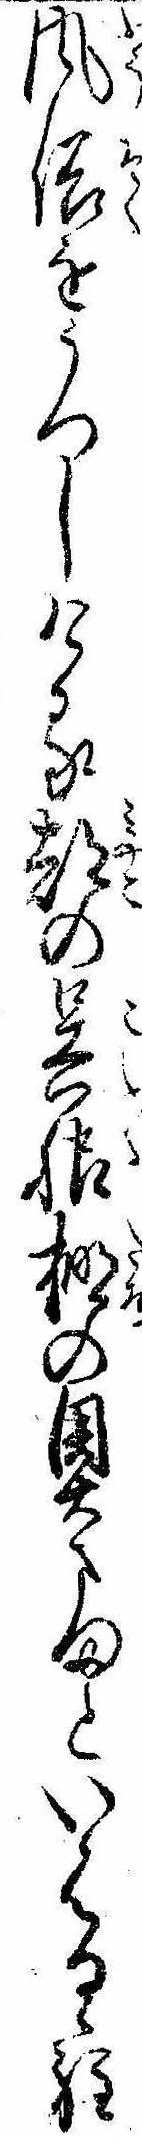
風俗をうつしける都の呉服棚の奥さまといはるゝ程